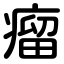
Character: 瘤